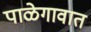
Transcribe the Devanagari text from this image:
पाळेगावात